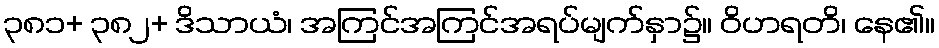
၃၈၁+ ၃၈၂+ ဒိသာယံ၊ အကြင်အကြင်အရပ်မျက်နှာ၌။ ဝိဟရတိ၊ နေ၏။